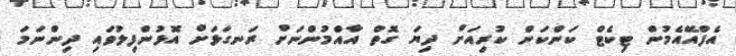
އެފްއޭއެމުން ޓިކެޓް ކަންކަން ކުރިއަށް ދިޔަ ގޮތް އާއްމުންނަށް ރަނގަޅަށް އޮޅުންފިލުވައި ދިންނަމަ